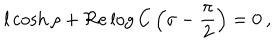
l \cosh \rho + \Re e \log C \left( \sigma - \displaystyle \frac { \pi } { 2 } \right) = 0 \: ,